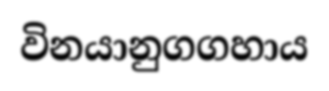
විනයානුගගහාය